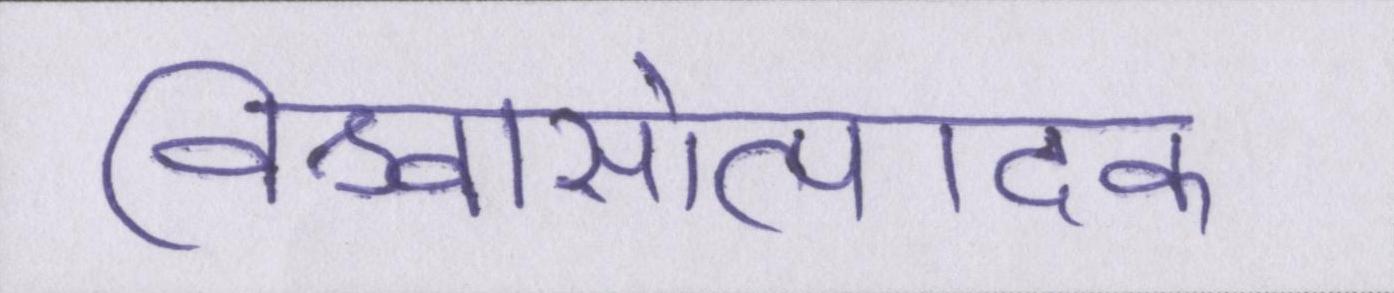
विश्वासोत्पादक